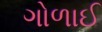
ગોળાઈ